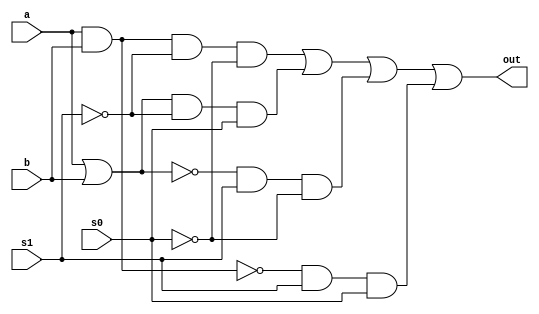
module multigate(output out, input a,b,s0,s1);

    wire andw;
    wire orw;
    wire norw;
    wire nandw;
    wire nots0;
    wire nots1;
    wire [3:0] w;

    and(andw,a,b);
    or(orw,a,b);
    nor(norw,a,b);
    nand(nandw,a,b);
    not(nots0,s0);
    not(nots1,s1);

    and(w[0], andw, nots1, nots0);
    and(w[1], orw, nots1, s0);
    and(w[2], norw, s1, nots0);
    and(w[3], nandw, s1, s0);

    or(out,w[0],w[1],w[2],w[3]);

endmodule